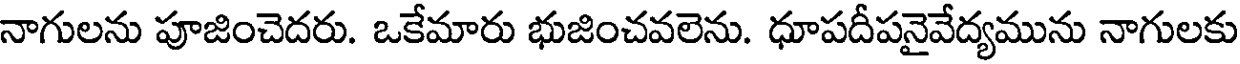
నాగులను పూజించెదరు. ఒకేమారు భుజించవలెను. ధూపదీపనైవేద్యమును నాగులకు